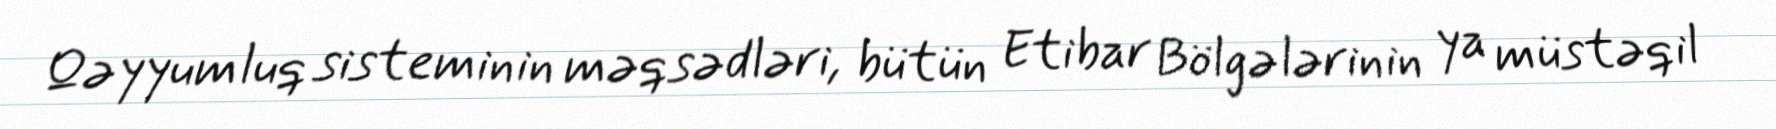
Qəyyumluq sisteminin məqsədləri, bütün Etibar Bölgələrinin ya müstəqil